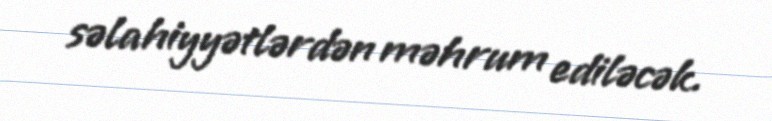
səlahiyyətlərdən məhrum ediləcək.